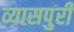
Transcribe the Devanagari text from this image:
व्यासपुरी